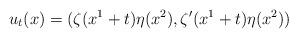
LaTeX: \begin{align*} u_{t}(x)=(\zeta(x^{1}+t)\eta(x^{2}), \zeta'(x^{1}+t)\eta(x^{2}))\end{align*}